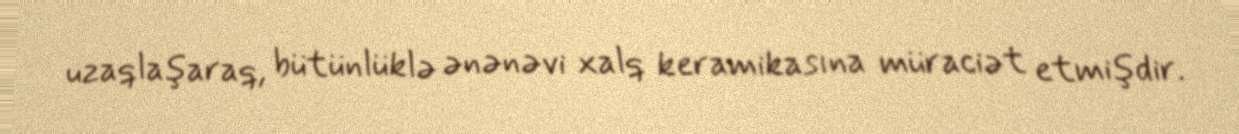
uzaqlaşaraq, bütünlüklə ənənəvi xalq keramikasına müraciət etmişdir.